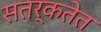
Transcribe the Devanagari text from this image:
सतर्कतेत